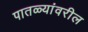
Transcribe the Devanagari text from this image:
पातळ्यांवरील